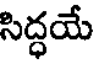
సిద్ధయే